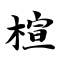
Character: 楦